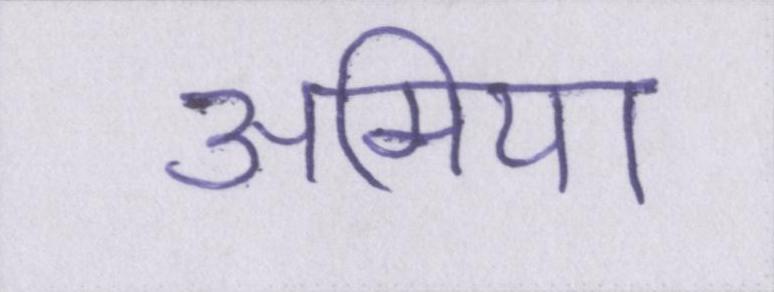
अमिया